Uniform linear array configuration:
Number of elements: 16
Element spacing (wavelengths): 1
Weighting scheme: hann
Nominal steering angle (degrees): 60
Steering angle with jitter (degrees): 58.882
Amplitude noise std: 0.05
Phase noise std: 0.05

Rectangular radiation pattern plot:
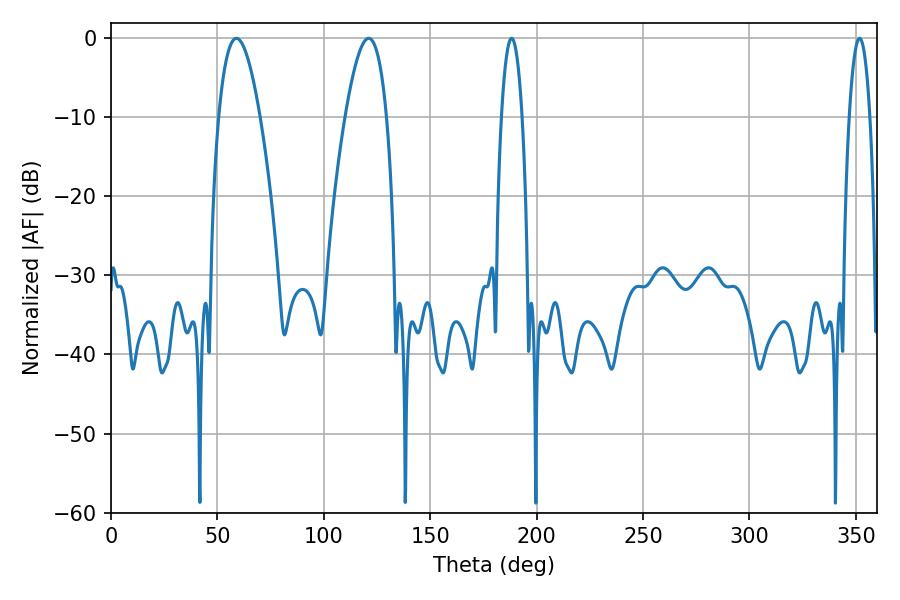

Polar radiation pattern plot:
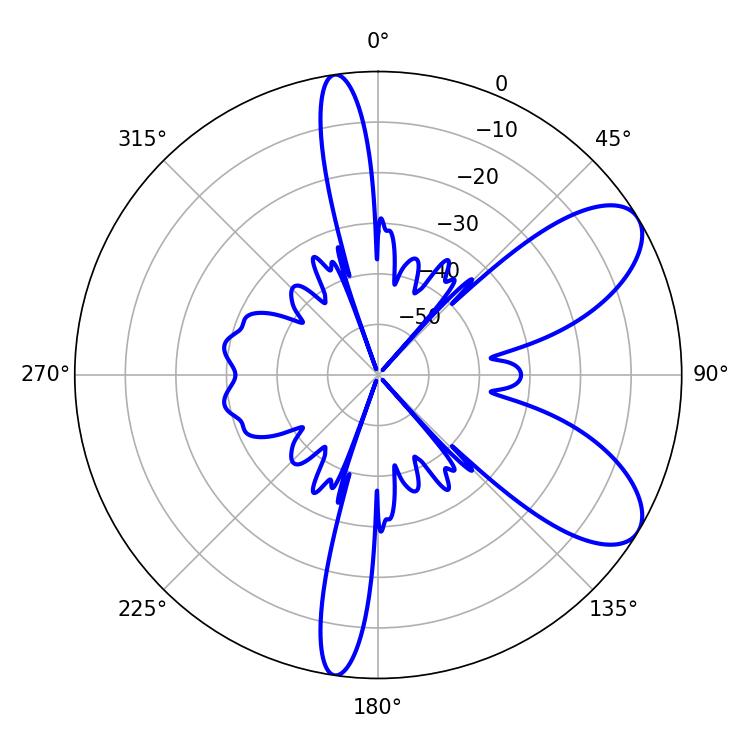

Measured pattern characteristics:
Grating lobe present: TRUE
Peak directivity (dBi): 8.031
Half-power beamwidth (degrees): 5.4
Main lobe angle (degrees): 188.28